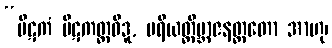
“ပိဋကံ ပိဋကတ္ထဝိဒူ, ပရိယတ္တိဗ္ဘာဇနတ္ထတော အာဟု၊